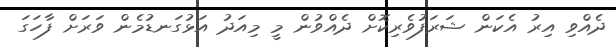
ދެއްވި އިރު އެކަން ޝަރަފުވެރިކޮށް ދެއްވުން މީ މިއަދު އަޅުގަނޑުމެން ވަރަށް ފާހަގަ